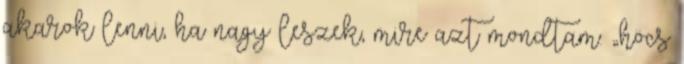
akarok lenni, ha nagy leszek, mire azt mondtam: „höcs